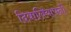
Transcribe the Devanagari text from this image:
दिवालियापनों